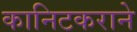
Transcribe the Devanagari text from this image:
कानिटकराने